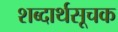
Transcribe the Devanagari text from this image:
शब्दार्थसूचक